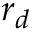
\boldsymbol { r } _ { d }